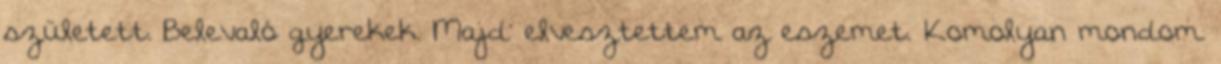
született. Belevaló gyerekek. Majd’ elvesztettem az eszemet. Komolyan mondom.